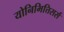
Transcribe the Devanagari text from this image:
योनिभित्तिसर्स